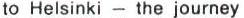
to Helsinki - the journey